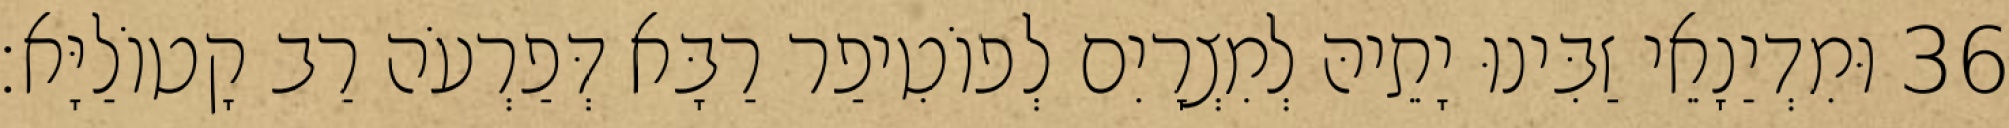
36 וּמִדְיַנָאֵי זַבִּינוּ יָתֵיהּ לְמִצְרָיִם לְפוֹטִיפַר רַבָּא דְּפַרְעֹה רַב קָטוֹלַיָּא׃